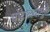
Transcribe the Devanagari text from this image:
घोटाळ्यामुळे